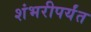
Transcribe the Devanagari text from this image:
शंभरीपर्यंत